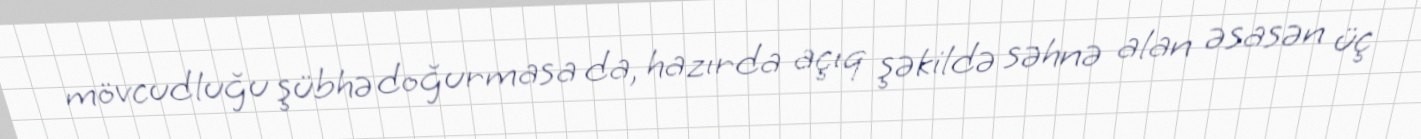
mövcudluğu şübhə doğurmasa da, hazırda açıq şəkildə səhnə alan əsasən üç